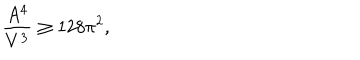
LaTeX: \frac { A ^ { 4 } } { V ^ { 3 } } \ge 1 2 8 \pi ^ { 2 } ,